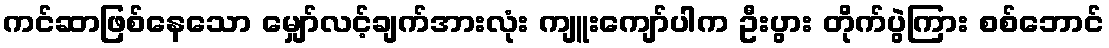
ကင်ဆာဖြစ်နေသော မျှော်လင့်ချက်အားလုံး ကျူးကျော်ပါက ဦးပွား တိုက်ပွဲကြား စစ်ဘောင်